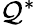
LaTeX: \mathcal{Q}^{*}